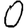
Digit: 0